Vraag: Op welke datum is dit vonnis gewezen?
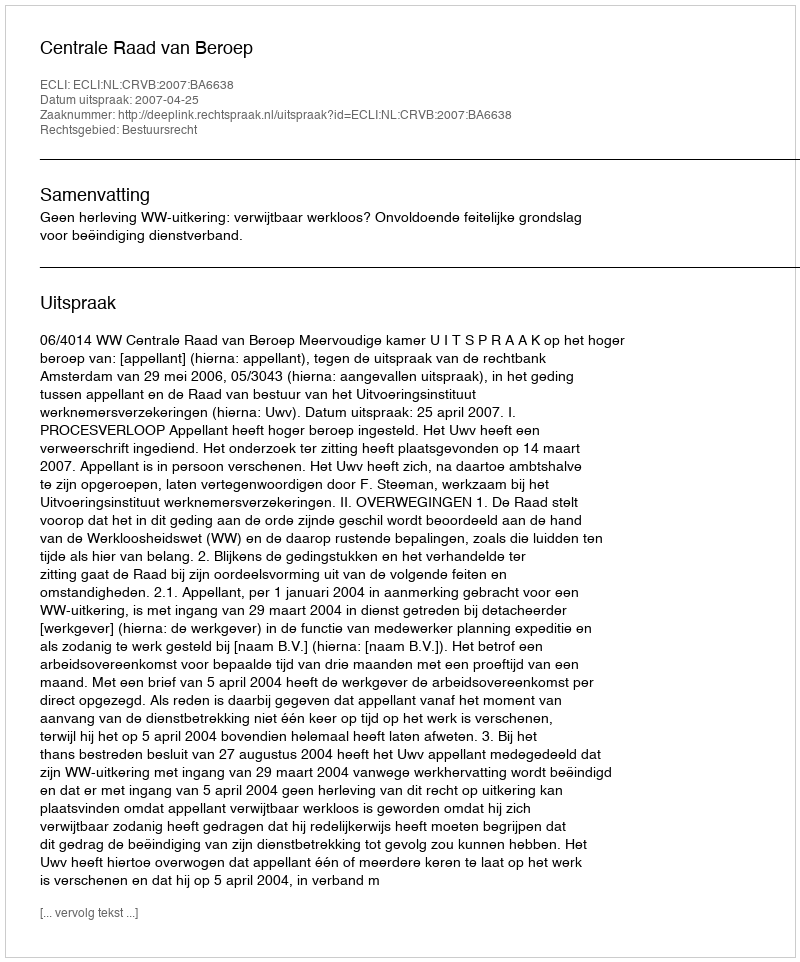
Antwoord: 2007-04-25